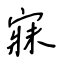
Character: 寐